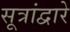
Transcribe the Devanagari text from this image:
सूत्रांद्वारे